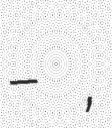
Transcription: שמואל-יהודיה העלמאַן,